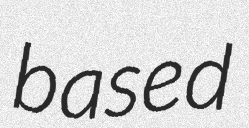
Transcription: based